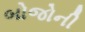
બોજોની